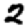
Digit: 2